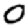
Digit: 0